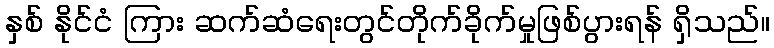
နှစ် နိုင်ငံ ကြား ဆက်ဆံရေးတွင်တိုက်ခိုက်မှုဖြစ်ပွားရန် ရှိသည်။